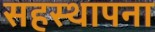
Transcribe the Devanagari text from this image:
सहस्थापना